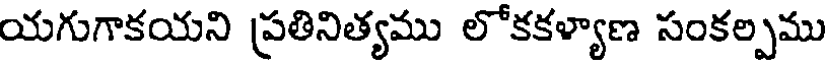
యగుగాకయని ప్రతినిత్యము లోకకళ్యాణ సంకల్పము